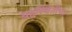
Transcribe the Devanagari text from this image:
ग्रहस्थितीचा